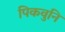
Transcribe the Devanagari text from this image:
पिकवुनि